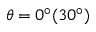
\theta = 0 ^ { \circ } ( 3 0 ^ { \circ } )